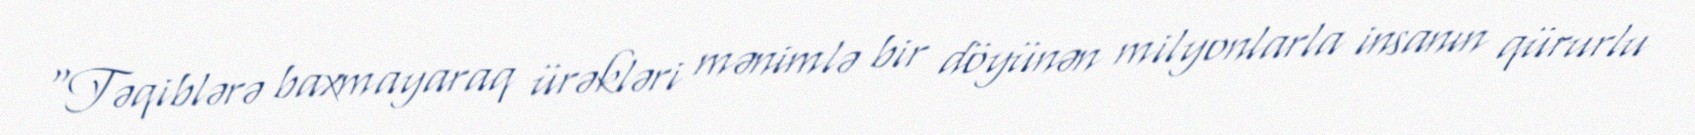
“Təqiblərə baxmayaraq ürəkləri mənimlə bir döyünən milyonlarla insanın qürurlu